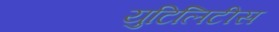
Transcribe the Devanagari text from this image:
युटिलिटीस